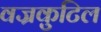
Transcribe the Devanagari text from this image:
वज्रकुटिल